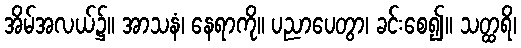
အိမ်အလယ်၌။ အာသနံ၊ နေရာကို။ ပညာပေတွာ၊ ခင်းစေ၍။ သတ္ထရိ၊